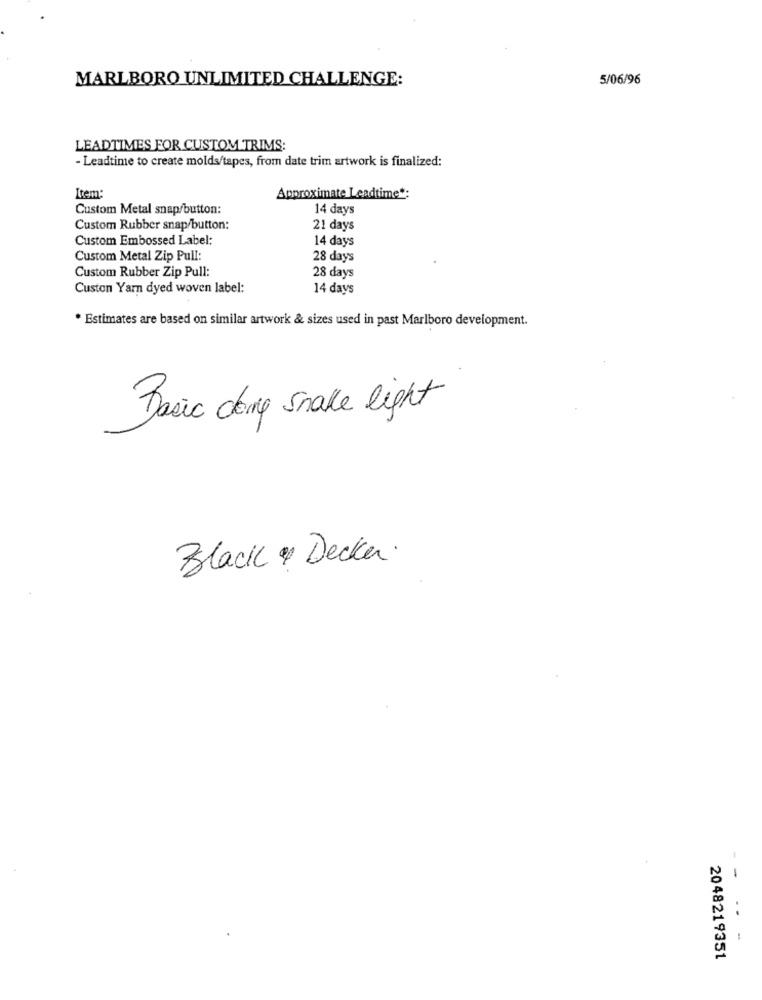
MARLBORO UNLIMITED CHALLENGE:
5/06/96
LEADTIMES FOR CUSTOM TRIMS:
- Leadtime to create molds/tapes, from date trim artwork is finalized:
Item:
Approximate Leadtime *:
Custom Metal snap/button:
14 days
Custom Rubber snap/button:
21 days
Custom Embossed Label:
14 days
Custom Metal Zip Pull:
28 days
Custom Rubber Zip Pull:
28 days
Custon Yarn dyed woven label:
14 days
* Estimates are based on similar artwork & sizes used in past Marlboro development.
Basic doing snake light
Black & Decker.
--
..
2048219351